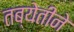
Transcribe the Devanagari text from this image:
तब्येतीने